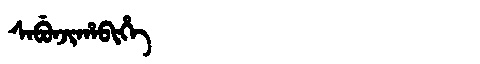
Manchu: ᠰᠠᠪᡠᠨᠵᡳᡥᠠᠪᡳᡥᡝ
Romanization: SABUNJIHABIHE